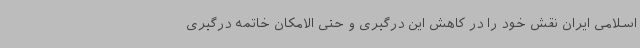
اسلامی ایران نقش خود را در کاهش این درگیری و حتی الامکان خاتمه درگیری